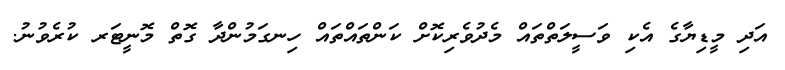
އަދި މީޑިޔާގެ އެކި ވަސީލަތްތައް މެދުވެރިކޮށް ކަންތައްތައް ހިނގަމުންދާ ގޮތް މޮނީޓަރ ކުރެވުނު.